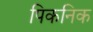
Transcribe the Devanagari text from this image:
पिकनिक